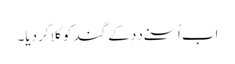
اَب اُسنے دِدِ کے گند کو گِلا کر دِیا۔